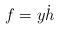
LaTeX: \begin{align*} f=y\dot h\end{align*}